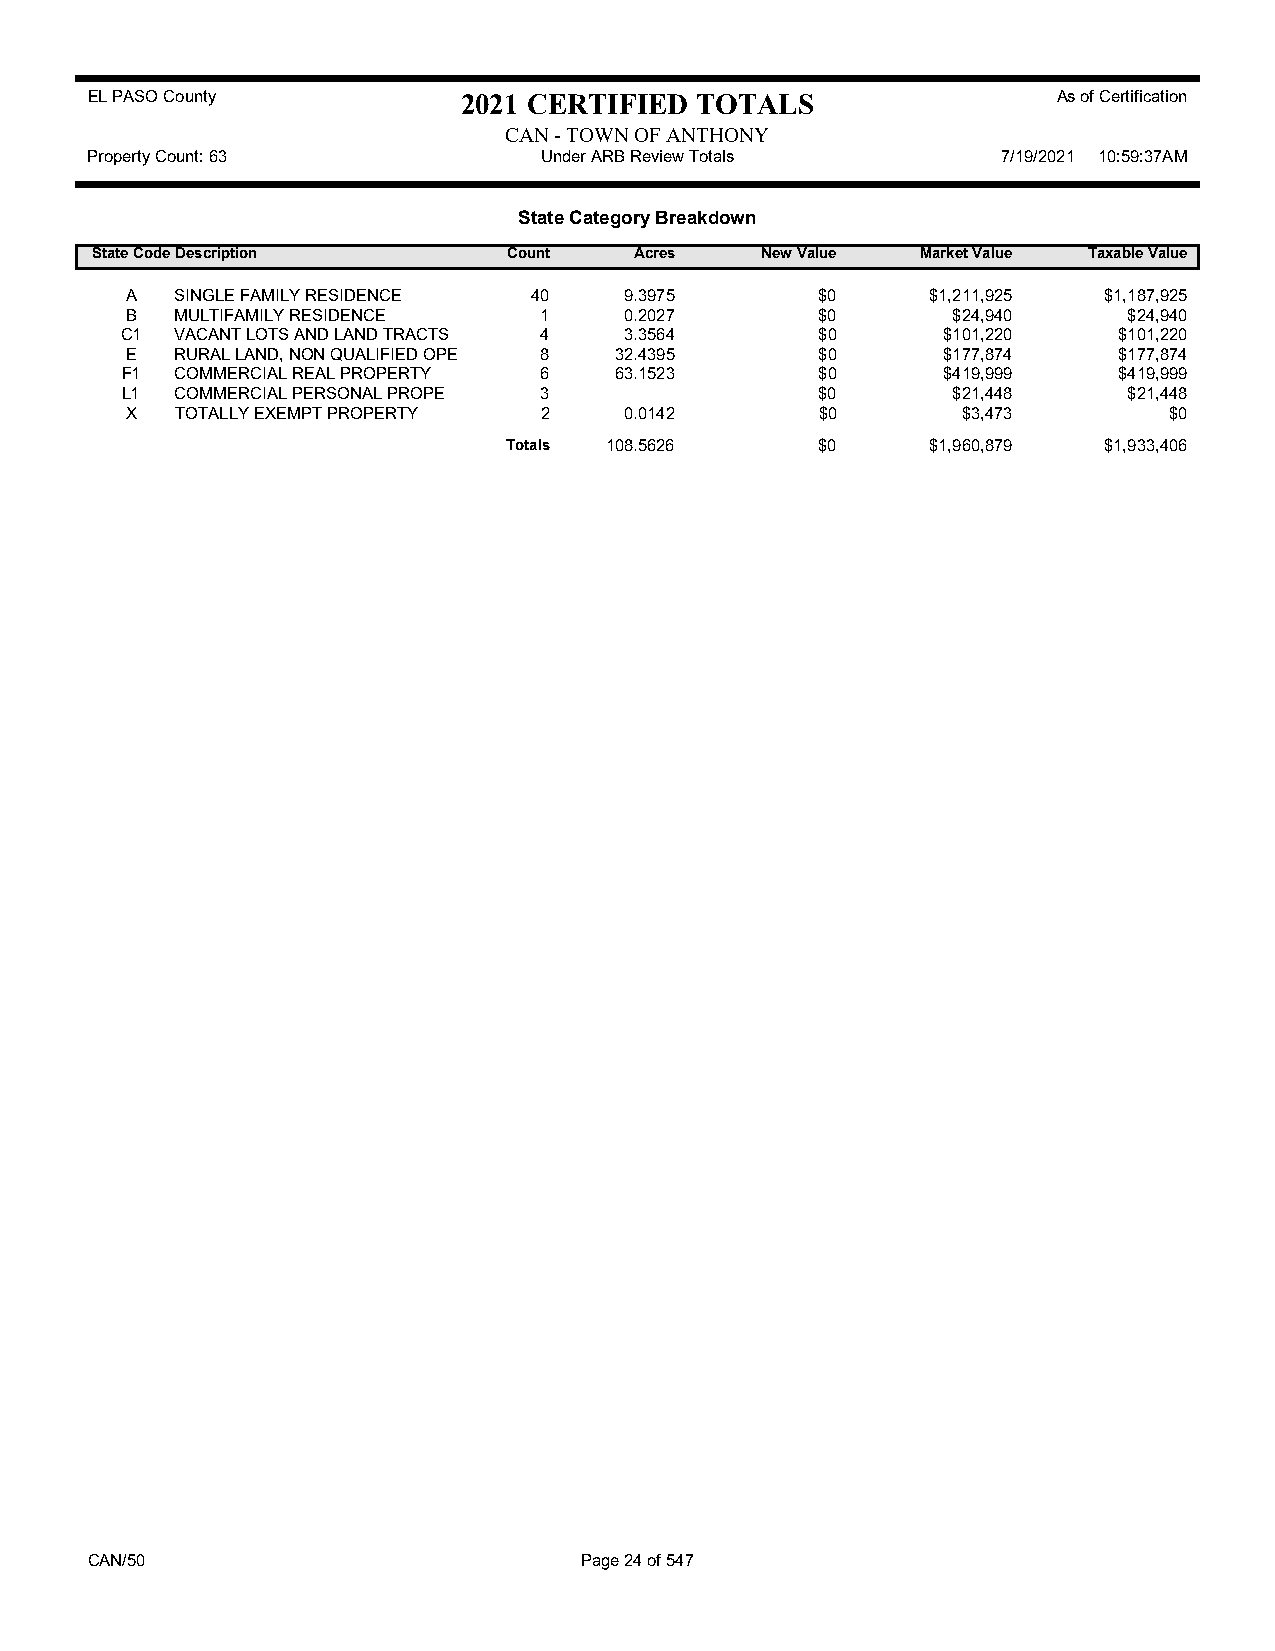
EL PASO County           2021 CERTIFIED TOTALS                  As of Certification
 CAN - TOWN OF ANTHONY
 Property Count: 63            Under ARB Review Totals       7/19/2021 10:59:37AM
 State Category Breakdown
 State CodeDescription       Count   Acres   New Value  Market Value Taxable Value
 A   SINGLE FAMILY RESIDENCE 40   9.3975       $0      $1,211,925 $1,187,925
 B   MULTIFAMILY RESIDENCE   1    0.2027       $0       $24,940     $24,940
 C1  VACANT LOTS AND LAND TRACTS 4 3.3564      $0      $101,220    $101,220
 E   RURAL LAND, NON QUALIFIED OPE 8 32.4395   $0      $177,874    $177,874
 F1  COMMERCIAL REAL PROPERTY 6   63.1523      $0      $419,999    $419,999
 L1  COMMERCIAL PERSONAL PROPE 3               $0       $21,448     $21,448
 X   TOTALLY EXEMPT PROPERTY 2    0.0142       $0        $3,473       $0
 Totals 108.5626     $0      $1,960,879 $1,933,406
 CAN/50                          Page 24 of 547